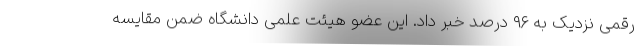
رقمی نزدیک به ۹۶ درصد خبر داد. این عضو هیئت علمی دانشگاه ضمن مقایسه